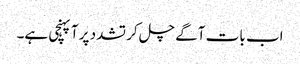
اب بات آگے چل کر تشدد پر آپہنچی ہے۔